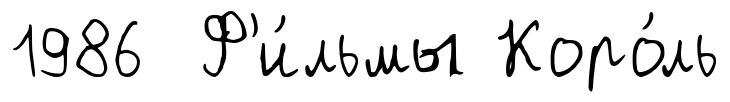
1986 Ф'и́льмы Коро́ль